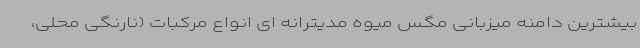
بیشترین دامنه میزبانی مگس میوه مدیترانه ای انواع مرکبات (نارنگی محلی،